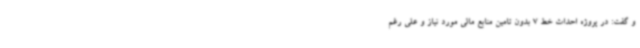
و گفت: در پروژه احداث خط 7 بدون تامین منابع مالی مورد نیاز و علی رغم